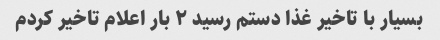
بسیار با تاخیر غذا دستم رسید ۲ بار اعلام تاخیر کردم